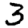
Digit: 3